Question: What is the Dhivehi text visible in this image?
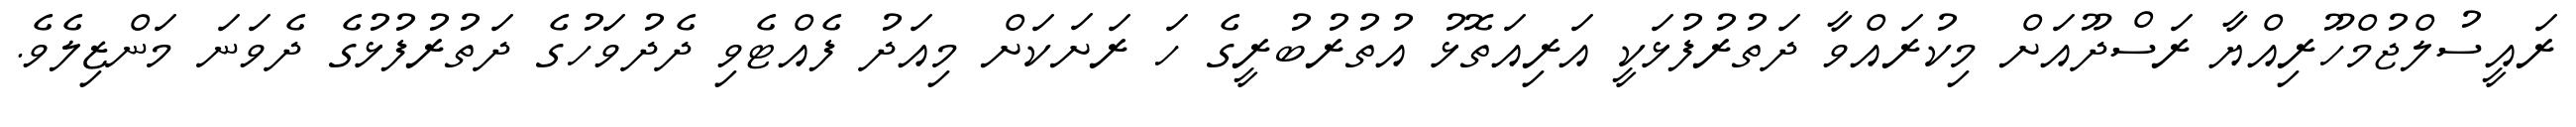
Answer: ރައީސުލްޖުމްހޫރިއްޔާ ރަސްދޫއަށް މިކުރައްވާ ދަތުރުފުޅަކީ އަރިއަތޮޅު އުތުރުބުރީގެ ހަ ރަށަކަށް މިއަދު ފެއްޓެވި ދެދުވަހުގެ ދަތުރުފުޅުގެ ދެވަނަ މަންޒިލެވެ.